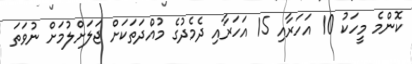
ކޮންމެ މީހަކު 10 އަހަރާއި 15 އަހަރާއި ދެމެދުގެ މުއްދަތަކަށް ޖަލަށްލުމަށް ނުވަތަ